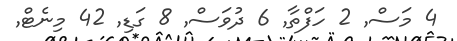
4 މަސް